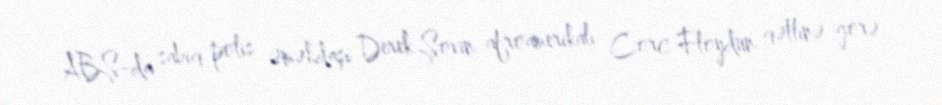
ABŞ-da sabiq polis əməkdaşı Derek Şovin afroamerikalı Corc Floydun qətlinə görə